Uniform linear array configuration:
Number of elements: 8
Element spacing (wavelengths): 0.75
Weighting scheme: hann
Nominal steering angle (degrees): -30
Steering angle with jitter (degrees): -31.609
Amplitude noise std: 0.05
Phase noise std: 0.05

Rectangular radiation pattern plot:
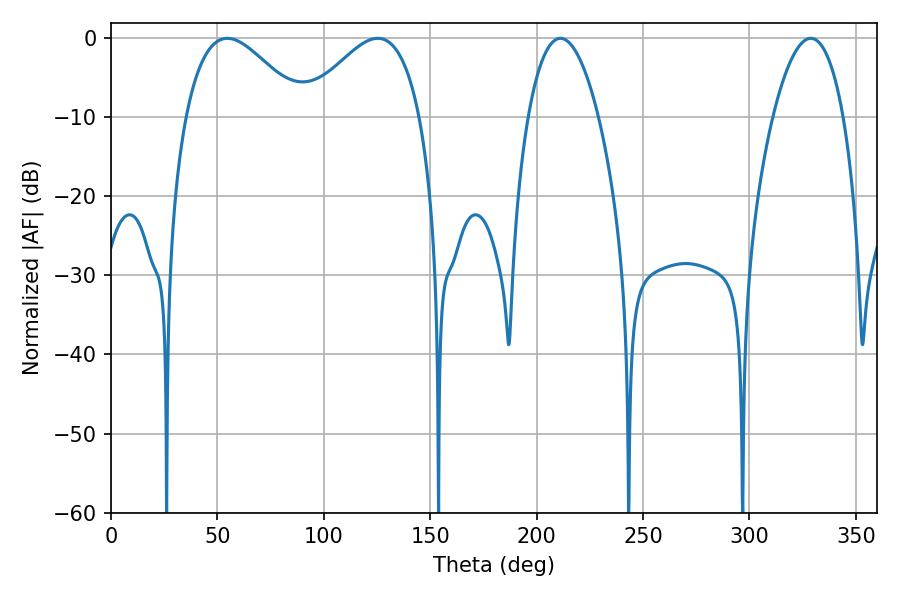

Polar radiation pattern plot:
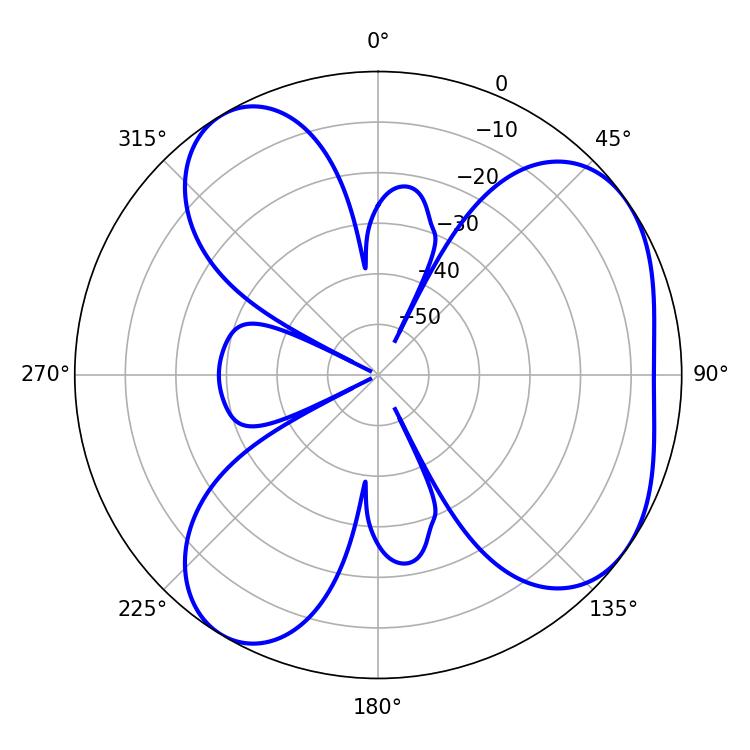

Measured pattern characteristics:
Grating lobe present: TRUE
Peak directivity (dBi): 5.28
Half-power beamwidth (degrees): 18.54
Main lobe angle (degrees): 328.86